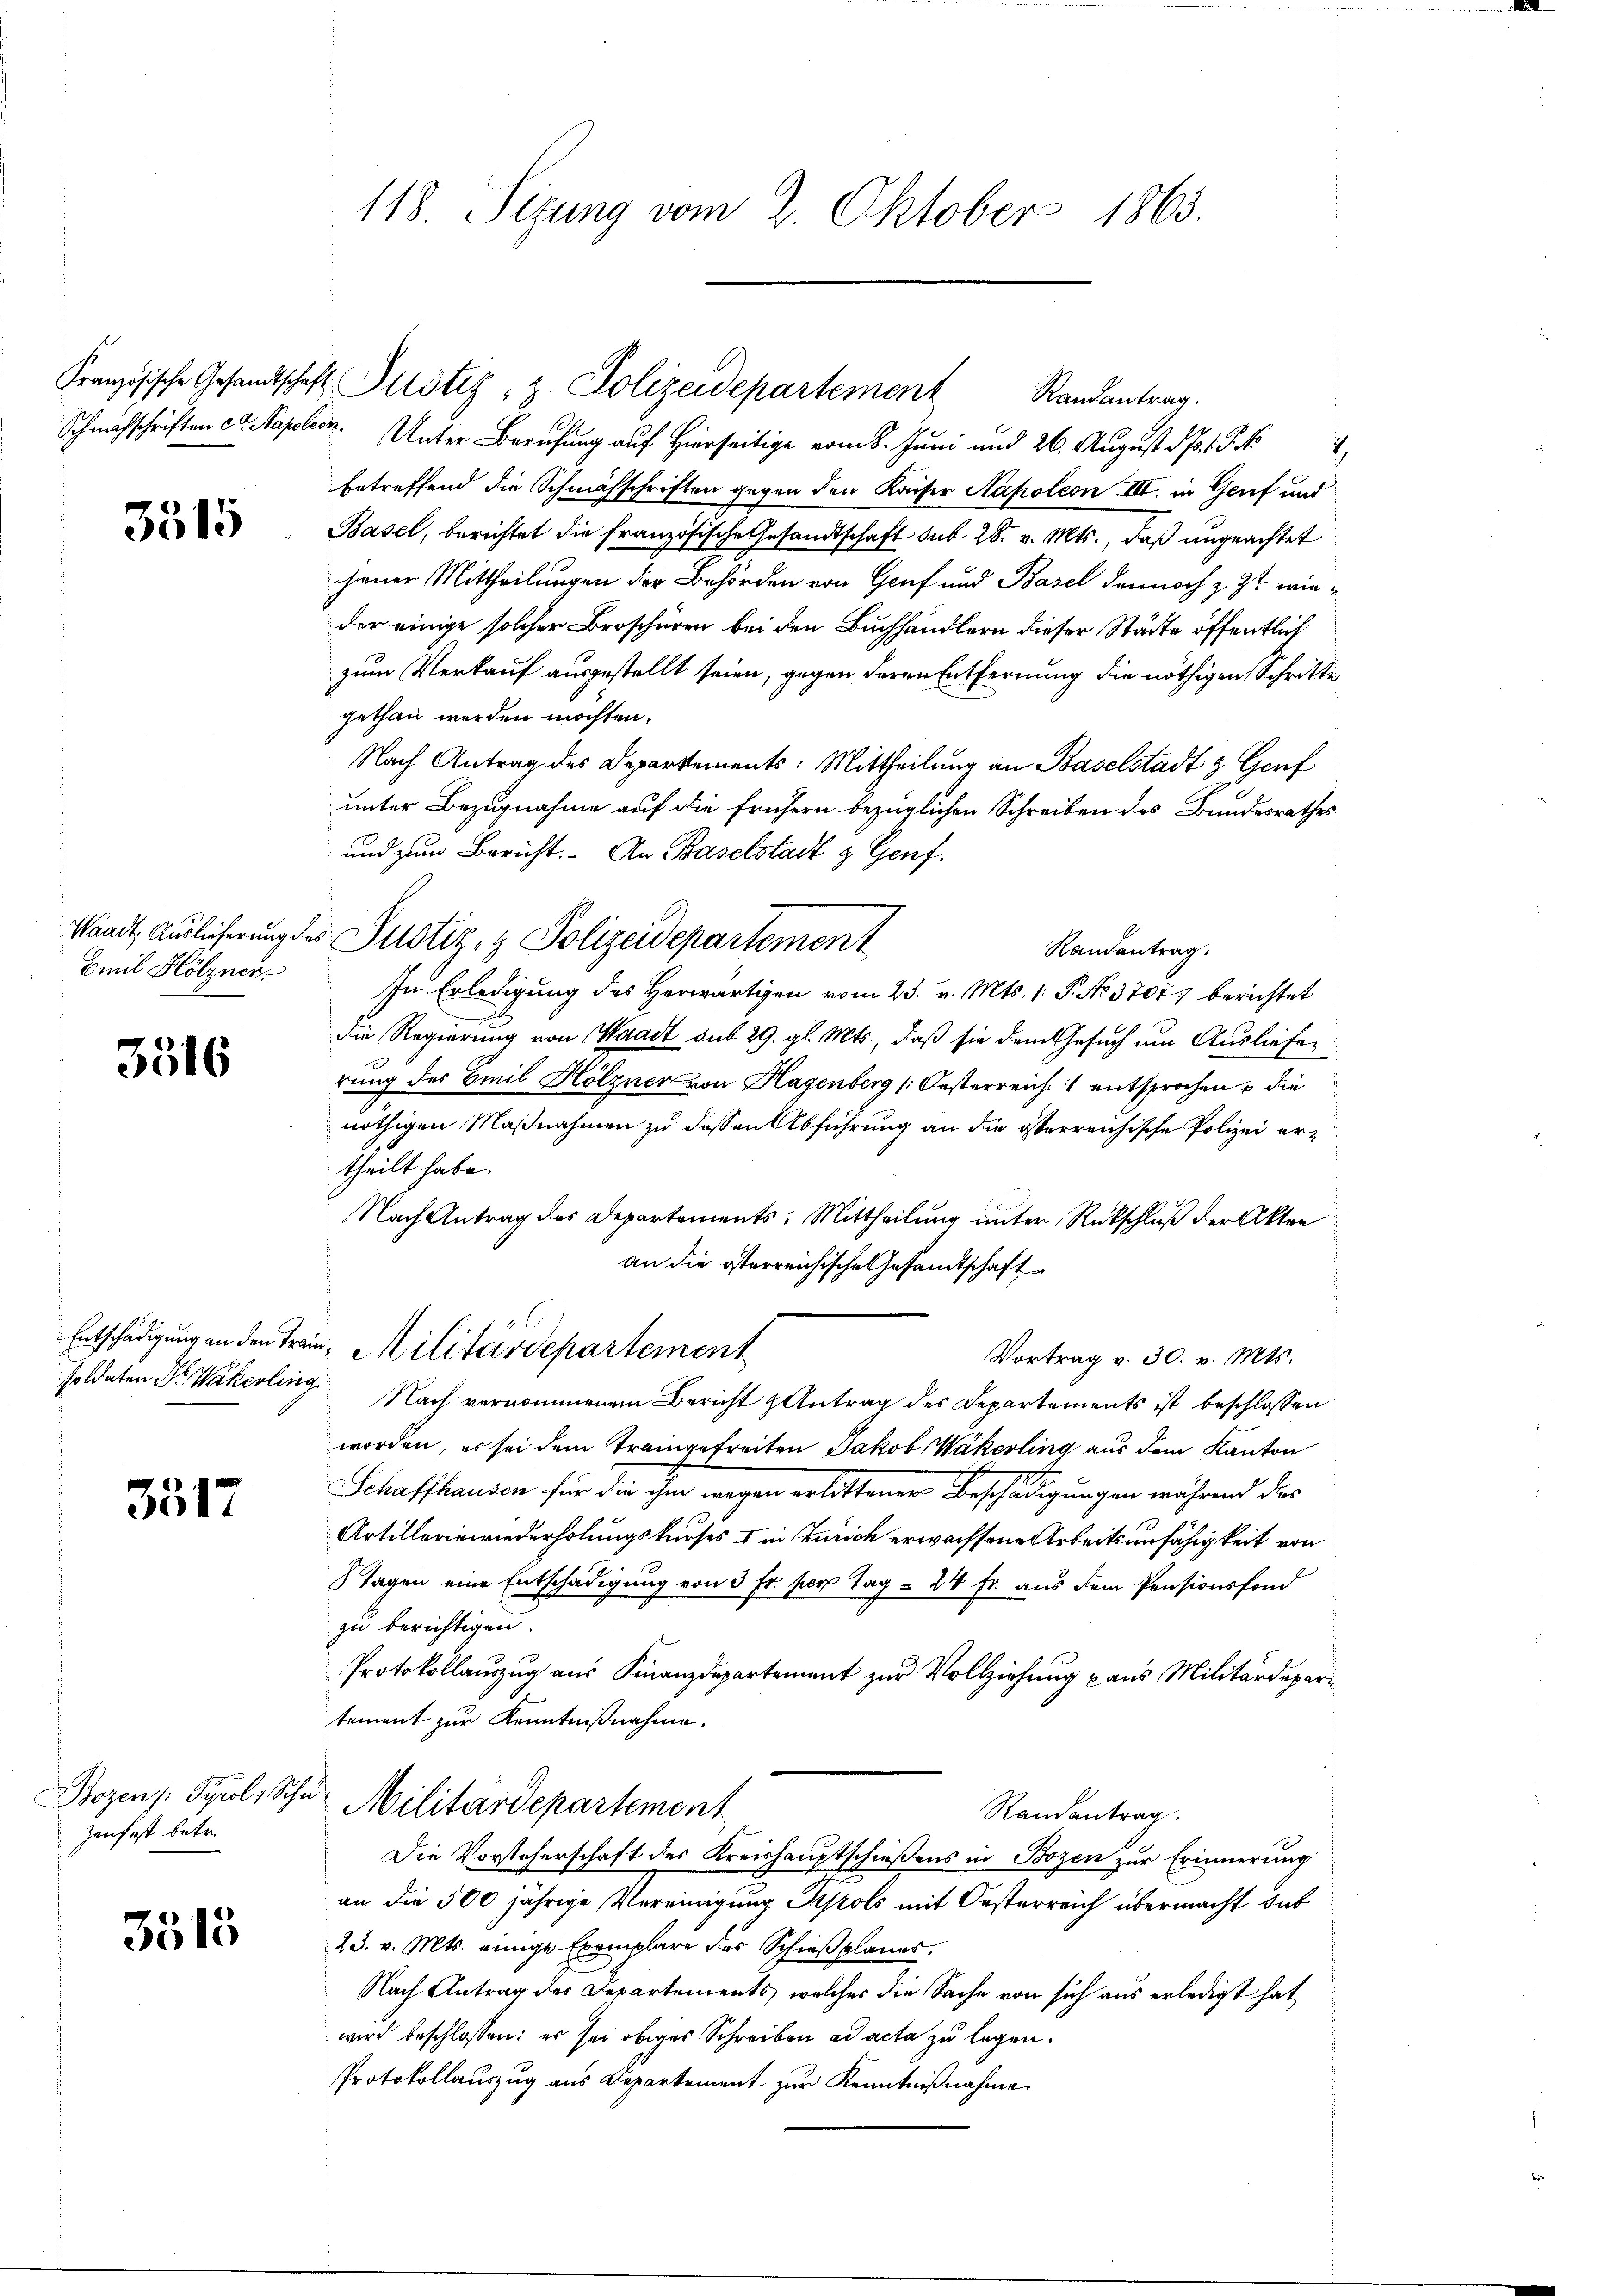
3515

Emil Hölzner

3516

3517

zenfest betr.

3515

118. Sizung vom 2. Oktober 1863.

Französische Gesandtschaft Pustiz, z. Polizeidepartement

Schnachschriften ca. Napoleon. Unter Berufung auf Hierseitige vom 8. Juni und 26. August d. 1. P. N
2
betreffend die Schmähschriften gegen den Kaiser Napoleon III. in Genf und
Basel, berichtet die französische Gesandtschaft sub 28. v. Mts., daß ungeachtet
jener Mittheilungen der Behörden von Genf und Basel dennoch z. Zt. wieder einige solcher Broschüren bei den Buchhändlern dieser Städte öffentlich
zum Verkauf ausgestellt seien, gegen deren Entfernung die nöthigen Schritte
gethan werden möchten.
Nach Antrag des Departements: Mittheilung an Baselstadt & Genf
unter Bezugnahme auf die frühern bezüglichen Schreiben des Bundesrathes,
und zum Bericht. An Baselstadt & Genf.
Waadt, Auslieferung des Justiz- & Polizeidepartement
Randantrag.
In Erledigung des Herwärtigen vom 25. v. Mts. 1. P. No 37075 berichtet
Die Regierung von Waadt sub 29. gl. Mts., daß sie dem Gesuch um Auslieferung des Emil Hölzner von Hagenberg (Oesterreich, 1 entsprochen u die
nöthigen Maßnahmen zu dessen Abführung an die österreichische Polizei ertheilt habe.
Nach Antrag des Departements: Mittheilung unter Rückschluß der Akten
an die österreichische Gesandtschaft
Entschädigung an den Train Militärdepartement
Vortrag v. 30. v. Mts.
soldaten Dr Wakerling. Nach vernommenem Bericht & Antrag des Departements ist beschlossen
worden, es sei dem Traingefreiten Jakob Wakerling aus dem Kanton
Schaffhausen für der ihm wegen erlittener Beschädigungen während der
Artillerinwiederholungskurses I in Zürich erwachsene Arbeitsunfähigkeit von
Tagen eine Entschädigung von 3 Fr. per Tag = 24 fr. aus dem Pensionsfond.
zu berichtigen.
Protokollauszug aus Finanzdepartement zur Vollziehung aus Militärdepari
tement zur Kenntnißnahme.
Bozen Pyrol, Schur Militärdepartement
Randantrag.
Die Vorsteherschaft des Kreishauptschießens in Bozen zur Erinnerung
an die 500 jährige Vereinigung Arols mit Oesterreich übermacht das
23. v. Mts. einige Exemplare des Schießplanes.
Nach Antrag des Departements, welches die Sache von sich aus erledigt hat
wird beschlossen: es sei obiges Schreiben ad acta zu legen.
Protokollauszug aus Departement zur Kenntnißnahme

Randantrag.